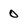
Character: 0